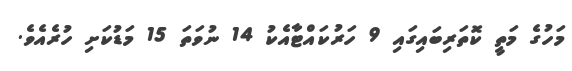
މަހުގެ މަތީ ކޮތަރިބައިގައި 9 ހަރުކައްޓާއެކު 14 ނުވަތަ 15 މަޑުކަށި ހުރެއެވެ.